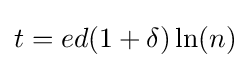
t=ed(1+\delta )\ln(n)